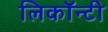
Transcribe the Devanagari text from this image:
लिकॉन्टी